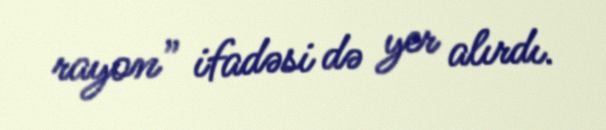
rayon” ifadəsi də yer alırdı.